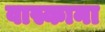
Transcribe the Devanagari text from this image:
वास्काना